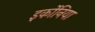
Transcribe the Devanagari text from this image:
इर्कोनिया